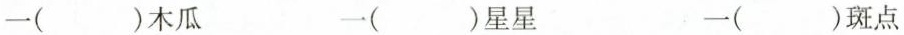
一( )木瓜 一( )星星 一( )斑点